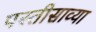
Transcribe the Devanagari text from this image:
पस्तीसाव्या